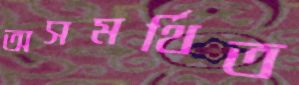
অসমর্থিত